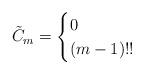
LaTeX: \begin{align*} \tilde{C}_m = \begin{cases} 0 & \\ (m - 1)!! & \end{cases}\end{align*}